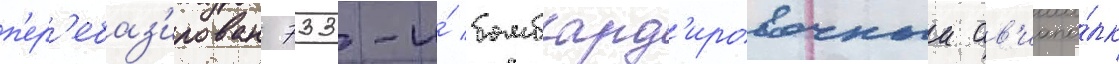
п'ер'ебаз'ирован 733-и́ бомбард'ировочныи ав'иапо́лк